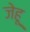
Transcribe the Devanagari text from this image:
जेहू